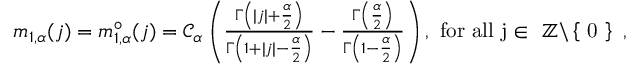
\begin{array} { r } { m _ { 1 , \alpha } ( j ) = m _ { 1 , \alpha } ^ { \circ } ( j ) = \mathcal { C } _ { \alpha } \left( \frac { \Gamma \left( | j | + \frac { \alpha } { 2 } \right) } { \Gamma \left( 1 + | j | - \frac { \alpha } { 2 } \right) } - \frac { \Gamma \left( \frac { \alpha } { 2 } \right) } { \Gamma \left( 1 - \frac { \alpha } { 2 } \right) } \right) , \mathrm { ~ f o r ~ a l l ~ j \in ~ \mathbb { Z } \backslash \left\{ ~ 0 ~ \right\} ~ , } } \end{array}